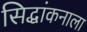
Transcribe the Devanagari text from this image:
सिद्धांकनाला